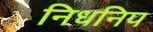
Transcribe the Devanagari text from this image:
निधनिप